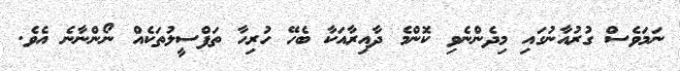
ނަމަވެސް ގުރުއާނުގައި މިދެންނެވި ކޮންމެ ދާއިރާއަކާ ބެހޭ ހުރިހާ ތަފްސީލުތަކެއް ނޯންނާނެ އެވެ.